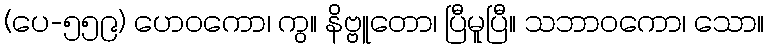
(ပေ-၅၅၉) ဟေဝကော၊ ကွ။ နိဗ္ဗူတော၊ ပြီမူပြီ။ သဘာဝကော၊ သော။